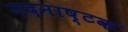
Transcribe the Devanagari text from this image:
मदनाष्टक